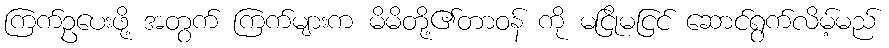
ကြက်ဥပေးဖို့ အတွက် ကြက်များက မိမိတို့၏တာဝန် ကို မငြိုမငြင် ဆောင်ရွက်လိမ့်မည်